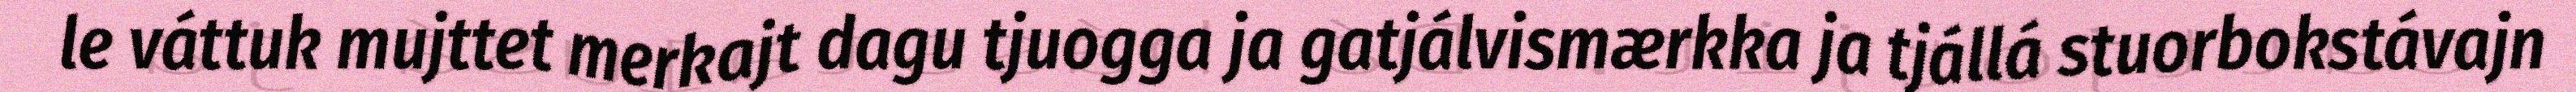
le váttuk mujttet merkajt dagu tjuogga ja gatjálvismærkka ja tjállá stuorbokstávajn